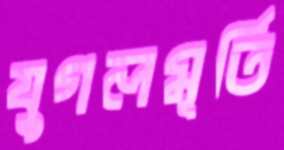
যুগলমূর্তি